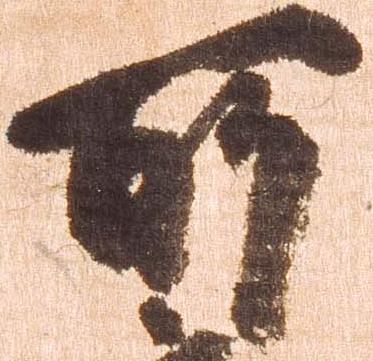
所